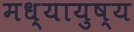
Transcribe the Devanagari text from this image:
मध्यायुष्य